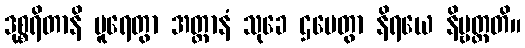
ဒုစ္စရိတာနိ ပူရေတွာ အတ္တာနံ သုခေ ဌပေတွာ နိရယေ နိဗ္ဗတ္တတိ။